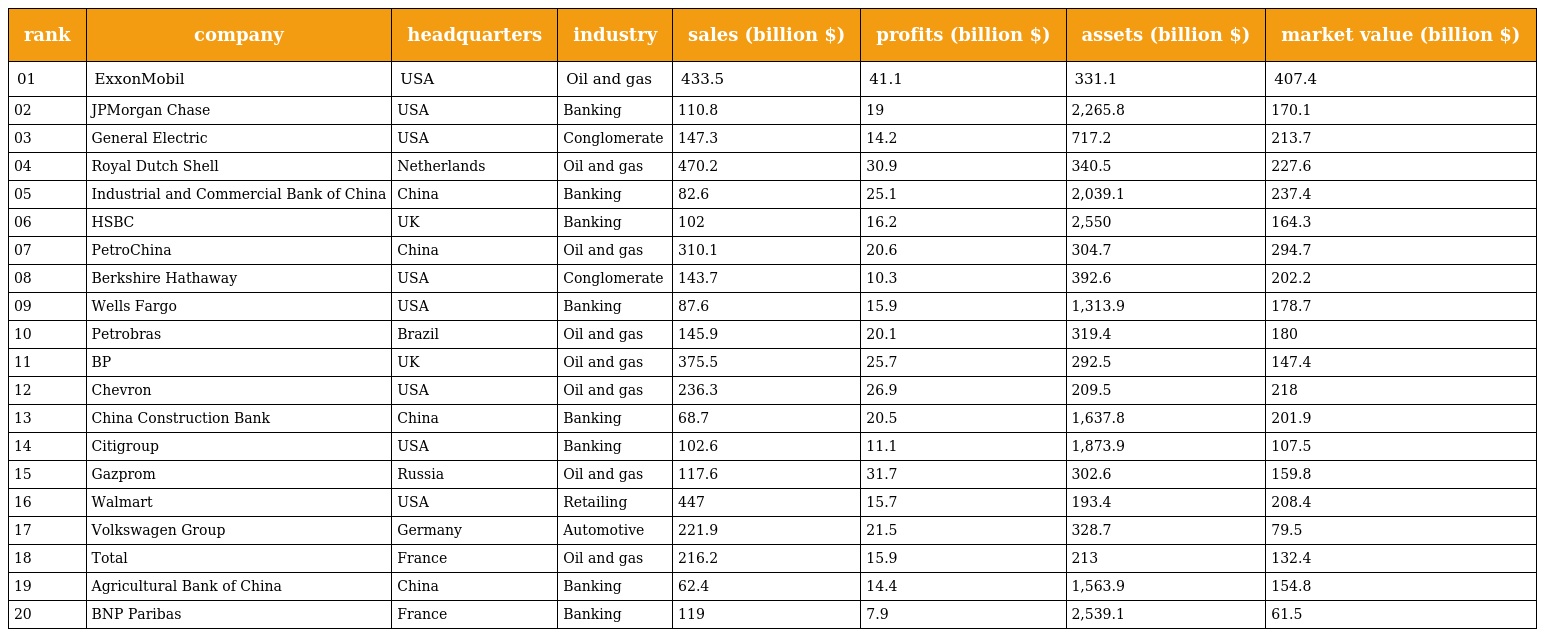
| rank | company | headquarters | industry | sales (billion $) | profits (billion $) | assets (billion $) | market value (billion $) |
 | --- | --- | --- | --- | --- | --- | --- | --- |
 | 01 | ExxonMobil | USA | Oil and gas | 433.5 | 41.1 | 331.1 | 407.4 |
 | 02 | JPMorgan Chase | USA | Banking | 110.8 | 19 | 2,265.8 | 170.1 |
 | 03 | General Electric | USA | Conglomerate | 147.3 | 14.2 | 717.2 | 213.7 |
 | 04 | Royal Dutch Shell | Netherlands | Oil and gas | 470.2 | 30.9 | 340.5 | 227.6 |
 | 05 | Industrial and Commercial Bank of China | China | Banking | 82.6 | 25.1 | 2,039.1 | 237.4 |
 | 06 | HSBC | UK | Banking | 102 | 16.2 | 2,550 | 164.3 |
 | 07 | PetroChina | China | Oil and gas | 310.1 | 20.6 | 304.7 | 294.7 |
 | 08 | Berkshire Hathaway | USA | Conglomerate | 143.7 | 10.3 | 392.6 | 202.2 |
 | 09 | Wells Fargo | USA | Banking | 87.6 | 15.9 | 1,313.9 | 178.7 |
 | 10 | Petrobras | Brazil | Oil and gas | 145.9 | 20.1 | 319.4 | 180 |
 | 11 | BP | UK | Oil and gas | 375.5 | 25.7 | 292.5 | 147.4 |
 | 12 | Chevron | USA | Oil and gas | 236.3 | 26.9 | 209.5 | 218 |
 | 13 | China Construction Bank | China | Banking | 68.7 | 20.5 | 1,637.8 | 201.9 |
 | 14 | Citigroup | USA | Banking | 102.6 | 11.1 | 1,873.9 | 107.5 |
 | 15 | Gazprom | Russia | Oil and gas | 117.6 | 31.7 | 302.6 | 159.8 |
 | 16 | Walmart | USA | Retailing | 447 | 15.7 | 193.4 | 208.4 |
 | 17 | Volkswagen Group | Germany | Automotive | 221.9 | 21.5 | 328.7 | 79.5 |
 | 18 | Total | France | Oil and gas | 216.2 | 15.9 | 213 | 132.4 |
 | 19 | Agricultural Bank of China | China | Banking | 62.4 | 14.4 | 1,563.9 | 154.8 |
 | 20 | BNP Paribas | France | Banking | 119 | 7.9 | 2,539.1 | 61.5 |